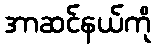
အာဆင်နယ်ကို